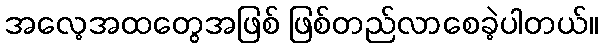
အလေ့အထတွေအဖြစ် ဖြစ်တည်လာစေခဲ့ပါတယ်။